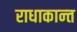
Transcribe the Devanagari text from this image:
राधाकान्‍त